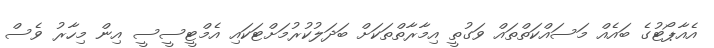
އެއާޕޯޓުގެ ބައެއް މަސައްކަތްތައް ވަގުތީ އިމާރާތްތަކަށް ބަދަލުކުރުމަށްޓަކައި އެމްޓީސީސީ އިން މިހާރު ވެސް